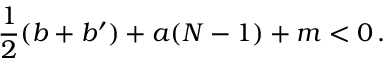
\frac 1 2 ( b + b ^ { \prime } ) + a ( N - 1 ) + m < 0 \, .